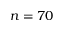
n = 7 0